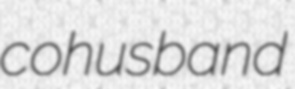
cohusband